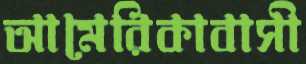
আমেরিকাবাসী